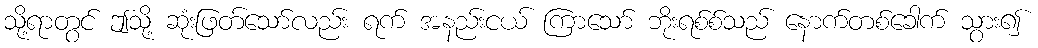
သို့ရာတွင် ဤသို့ ဆုံးဖြတ်သော်လည်း ရက် အနည်းငယ် ကြာသော် ဘိုးရစ်စ်သည် နောက်တစ်ခေါက် သွား၍